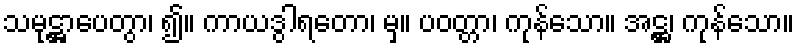
သမုဋ္ဌာပေတွာ၊ ၍။ ကာယဒွါရတော၊ မှ။ ပဝတ္တာ၊ ကုန်သော။ အဋ္ဌ၊ ကုန်သော။